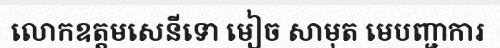
លោកឧត្តមសេនីទោ មៀច សាមុត មេបញ្ជាការ